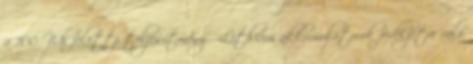
a 100 Wh feletti teljesítményű Lithium akkumulátorok fedélzetre való